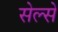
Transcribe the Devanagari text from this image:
सेल्से